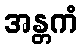
အန္တကံ